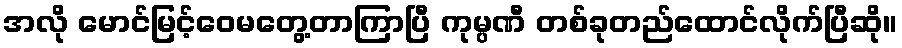
အလို မောင်မြင့်ဝေမတွေ့တာကြာပြီ ကုမ္ပဏီ တစ်ခုတည်ထောင်လိုက်ပြီဆို။